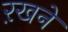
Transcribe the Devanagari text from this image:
ऱखने